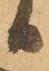
日